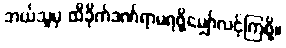
ဘယ်သူမှ ထိခိုက်ဒဏ်ရာမရဖို့မျှော်လင့်ကြစို့။